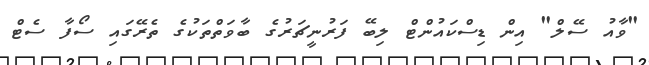
"ވާއު ސޭލް" އިން ޑިސްކައުންޓް ލިބޭ ފަރުނީޗަރުގެ ބާވަތްތަކުގެ ތެރޭގައި ސޯފާ ސެޓް